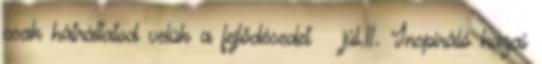
csak hátráltatod velük a fejlődésedet júl.11. Inspiráló hazai